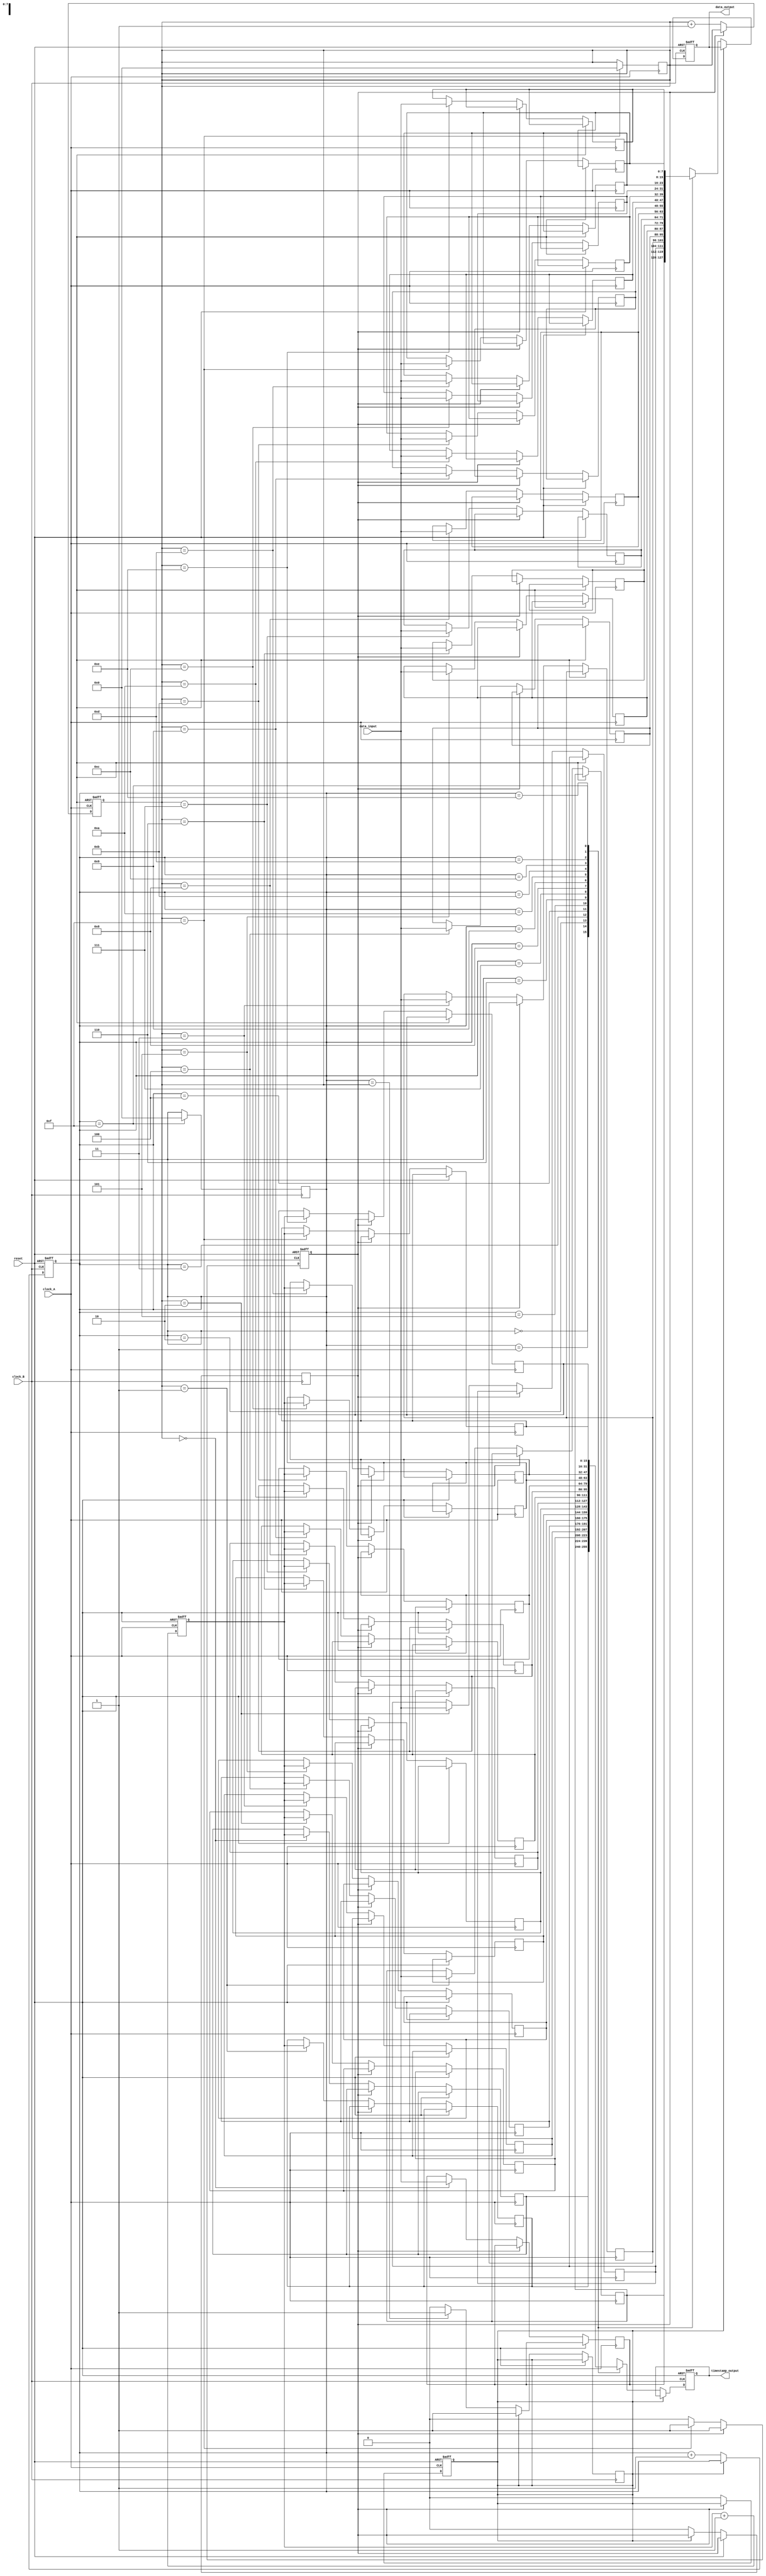
module TimeStampedSynchronizer(
    input wire clock_A,             // Clock domain A
    input wire clock_B,             // Clock domain B
    input wire [DATA_WIDTH-1:0] data_input,  // Data input from Clock_A
    output reg [DATA_WIDTH-1:0] data_output, // Synchronized data output in Clock_B
    output reg [STAMP_WIDTH-1:0] timestamp_output, // Time stamp output
    input wire reset                // Asynchronous reset
);

    parameter DATA_WIDTH = 8;       // Width of the data
    parameter STAMP_WIDTH = 16;     // Width of the timestamp
    parameter FIFO_DEPTH = 16;       // Depth of the FIFO

    // FIFO Signals
    reg [DATA_WIDTH-1:0] fifo_data[FIFO_DEPTH-1:0];
    reg [STAMP_WIDTH-1:0] fifo_stamp[FIFO_DEPTH-1:0];
    reg [3:0] write_pointer = 0;
    reg [3:0] read_pointer = 0;
    reg fifo_full = 0;
    reg fifo_empty = 1;

    // Time Stamp Generator
    reg [STAMP_WIDTH-1:0] time_stamp_counter;

    // Asynchronous reset handling
    always @(posedge clock_A or posedge reset) begin
        if (reset) begin
            time_stamp_counter <= 0;
        end else begin
            time_stamp_counter <= time_stamp_counter + 1; // Increment timestamp on each clock cycle
        end
    end

    // Write to FIFO in Clock_A domain
    always @(posedge clock_A or posedge reset) begin
        if (reset) begin
            write_pointer <= 0;
            fifo_full <= 0;
            fifo_empty <= 1;
        end else begin
            if (!fifo_full) begin
                fifo_data[write_pointer] <= data_input;          // Store data
                fifo_stamp[write_pointer] <= time_stamp_counter; // Store timestamp
                write_pointer <= write_pointer + 1;
                fifo_empty <= 0; // FIFO is not empty after writing
                if (write_pointer == FIFO_DEPTH - 1) begin
                    fifo_full <= 1; // FIFO is full
                end
            end
        end
    end

    // Read from FIFO in Clock_B domain
    always @(posedge clock_B or posedge reset) begin
        if (reset) begin
            read_pointer <= 0;
            data_output <= 0;
            timestamp_output <= 0;
        end else begin
            if (!fifo_empty) begin
                data_output <= fifo_data[read_pointer];
                timestamp_output <= fifo_stamp[read_pointer];
                read_pointer <= read_pointer + 1;
                fifo_full <= 0; // FIFO can no longer be full after reading
                if (read_pointer == write_pointer) begin
                    fifo_empty <= 1; // FIFO is empty after reading
                end
            end
        end
    end

    // Synchronization Logic: Handle FIFO wrap around
    always @(posedge clock_A) begin
        if (write_pointer == FIFO_DEPTH - 1) begin
            write_pointer <= 0; // Wrap around
        end
    end

    always @(posedge clock_B) begin
        if (read_pointer == FIFO_DEPTH - 1) begin
            read_pointer <= 0; // Wrap around
        end
    end

endmodule